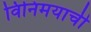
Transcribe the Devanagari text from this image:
विनिमयाची